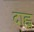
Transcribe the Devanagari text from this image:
दाह्ल